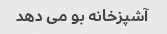
آشپزخانه بو می دهد